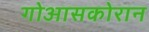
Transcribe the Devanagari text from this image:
गोआसकोरान